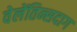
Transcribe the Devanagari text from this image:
वेलेंतिन्सदाग